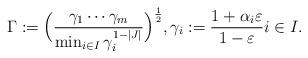
LaTeX: \begin{align*}\Gamma :=\Big(\frac{\gamma_1\cdots \gamma_m}{\min_{i\in I} \gamma_i^{1-|J|}}\Big)^{\frac{1}{2}}, \gamma_i :=\frac{1+\alpha_i\varepsilon}{1-\varepsilon} i\in I.\end{align*}